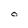
Character: O